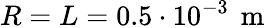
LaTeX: R=L=0.5\cdot 10^{-3}\, \mathrm{~m~}